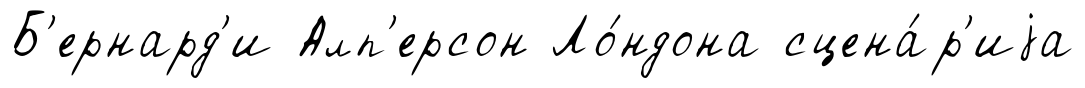
Б'ернард'и Алп'ерсон Ло́ндона сцена́р'иjа